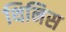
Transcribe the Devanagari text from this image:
थिनिस